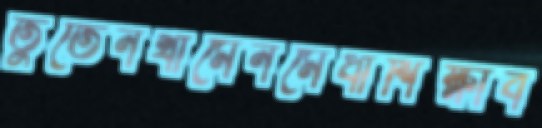
তুতেনখামেনমেধাশিক্ষাব